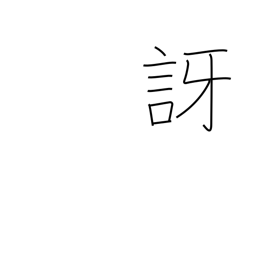
Meaning: doubt